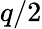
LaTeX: q/2